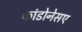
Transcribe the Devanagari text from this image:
कांडोनेसए